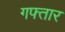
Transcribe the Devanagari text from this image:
गफ्तार